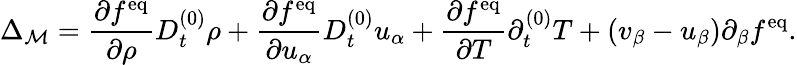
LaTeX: \Delta_{\mathcal{M}}=\frac{\partial f^{\mathrm{eq}}}{\partial\rho}D_{t}^{(0)}\rho+\frac{\partial f^{\mathrm{eq}}}{\partial u_{\alpha}}D_{t}^{(0)}u_{\alpha}+\frac{\partial f^{\mathrm{eq}}}{\partial T}\partial_{t}^{(0)}T+(v_{\beta}-u_{\beta})\partial_{\beta}f^{\mathrm{eq}}.